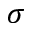
\sigma